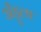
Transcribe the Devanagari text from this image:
अँड्रूला